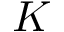
K